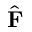
\hat { \mathbf { F } }